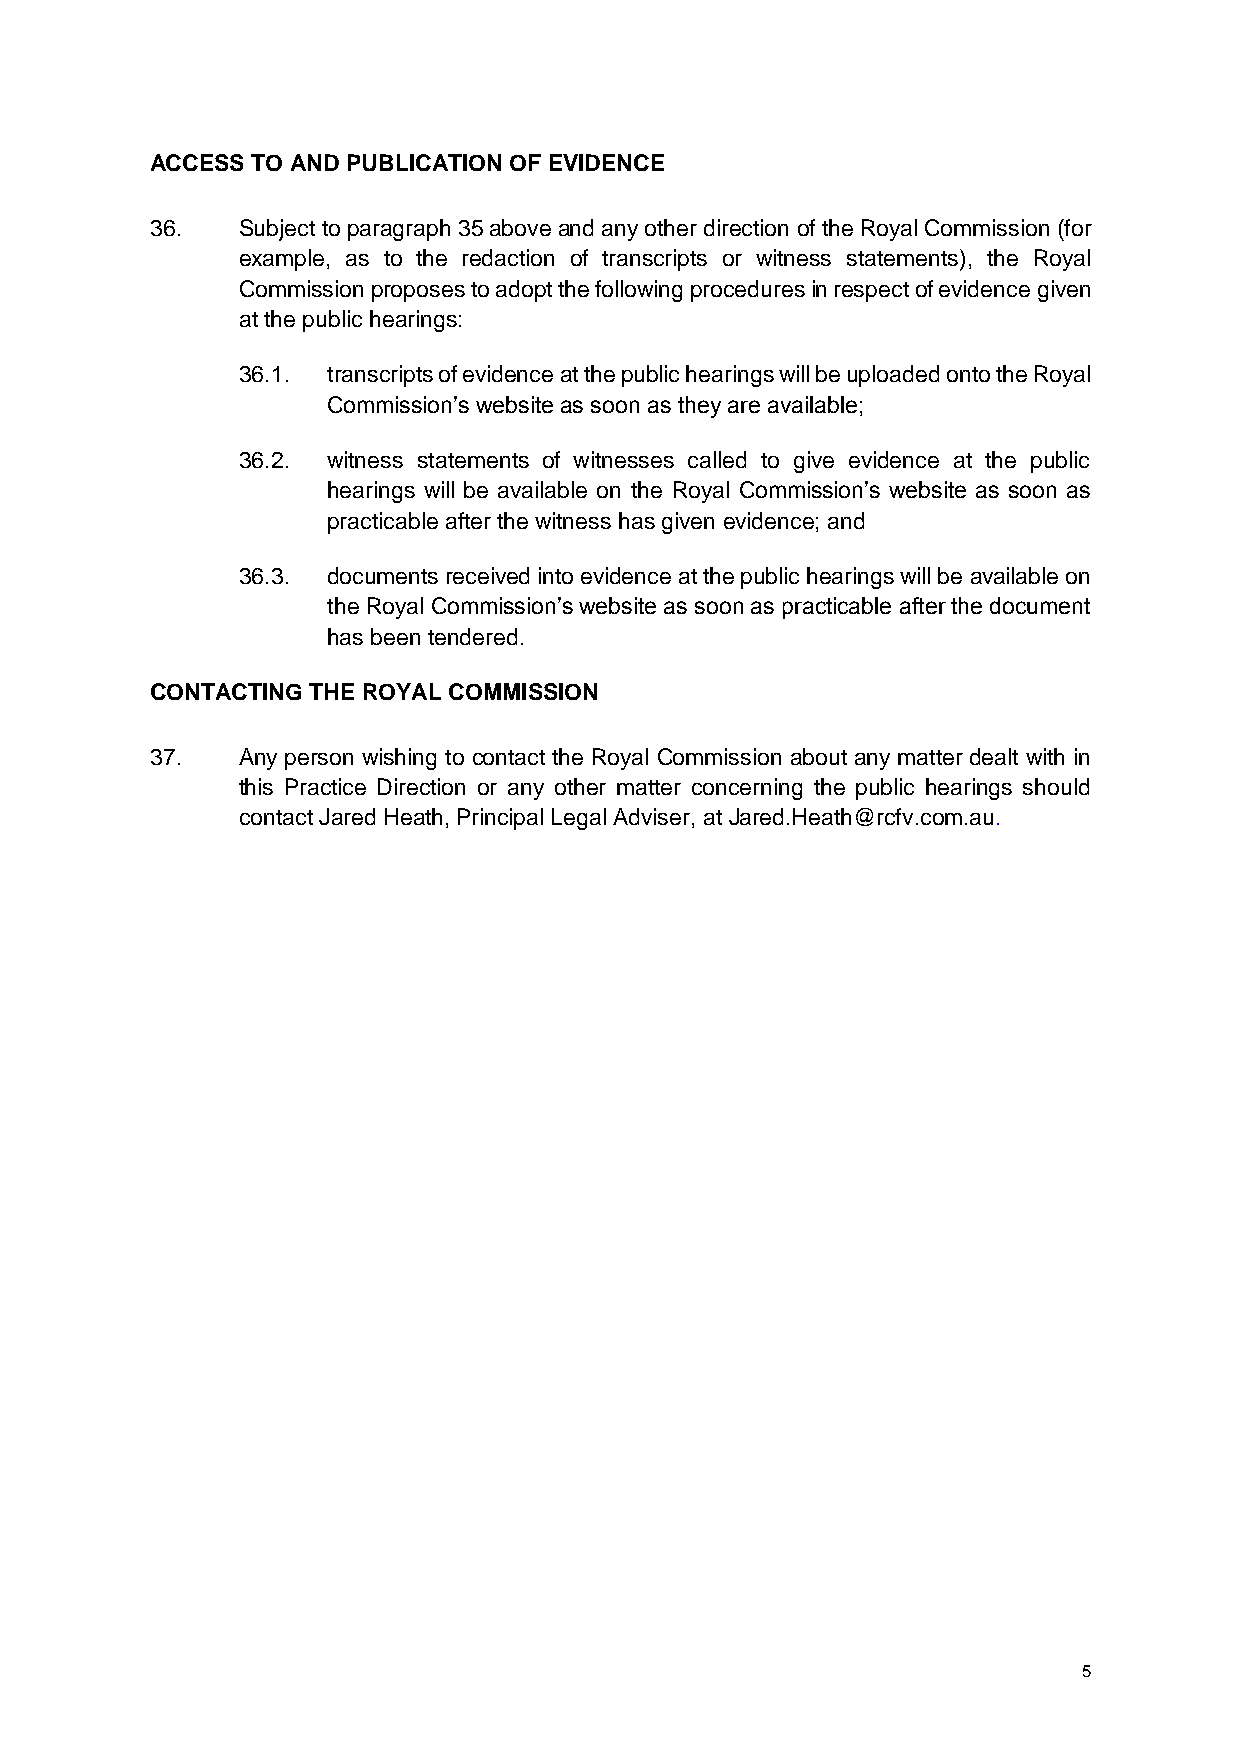
ACCESS TO AND PUBLICATION OF EVIDENCE
 36.   Subject to paragraph 35 above and any other direction of the Royal Commission (for
 example, as to the redaction of transcripts or witness statements), the Royal
 Commission proposes to adopt the following procedures in respect of evidence given
 at the public hearings:
 36.1. transcripts of evidence at the public hearings will be uploaded onto the Royal
 Commission’s website as soon as they are available;
 36.2. witness statements of witnesses called to give evidence at the public
 hearings will be available on the Royal Commission’s website as soon as
 practicable after the witness has given evidence; and
 36.3. documents received into evidence at the public hearings will be available on
 the Royal Commission’s website as soon as practicable after the document
 has been tendered.
 CONTACTING THE ROYAL COMMISSION
 37.   Any person wishing to contact the Royal Commission about any matter dealt with in
 this Practice Direction or any other matter concerning the public hearings should
 contact Jared Heath, Principal Legal Adviser, at Jared.Heath@rcfv.com.au.
 5